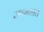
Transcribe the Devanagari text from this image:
जन्मसाल